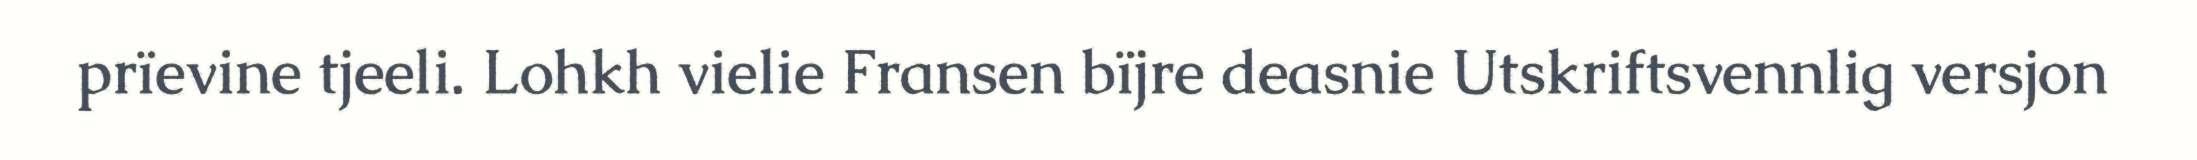
prïevine tjeeli. Lohkh vielie Fransen bïjre deasnie Utskriftsvennlig versjon